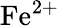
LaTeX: \mathrm{Fe}^{2+}